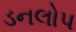
ડનલોપ